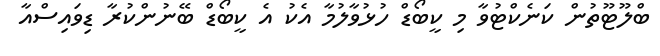
ބްލޫޓޫތުން ކަނެކްޓުވާ މި ކީބޯޑް ހުޅުވާލުމާ އެކު އެ ކީބޯޑް ބޭނުންކުރާ ޑިވައިސްއާ